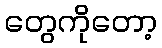
တွေကိုတော့